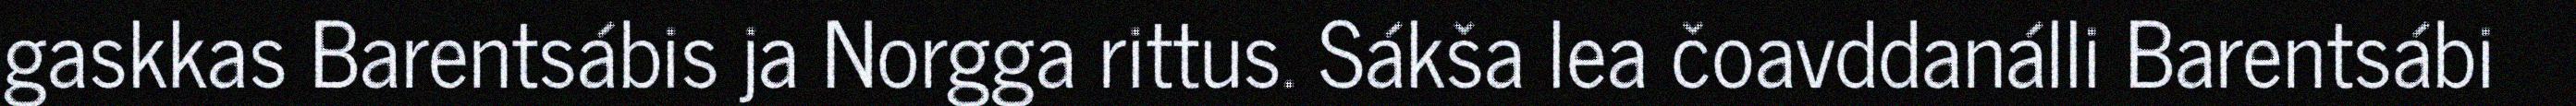
gaskkas Barentsábis ja Norgga rittus. Sákša lea čoavddanálli Barentsábi